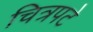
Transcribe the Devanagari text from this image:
चित्रपटे